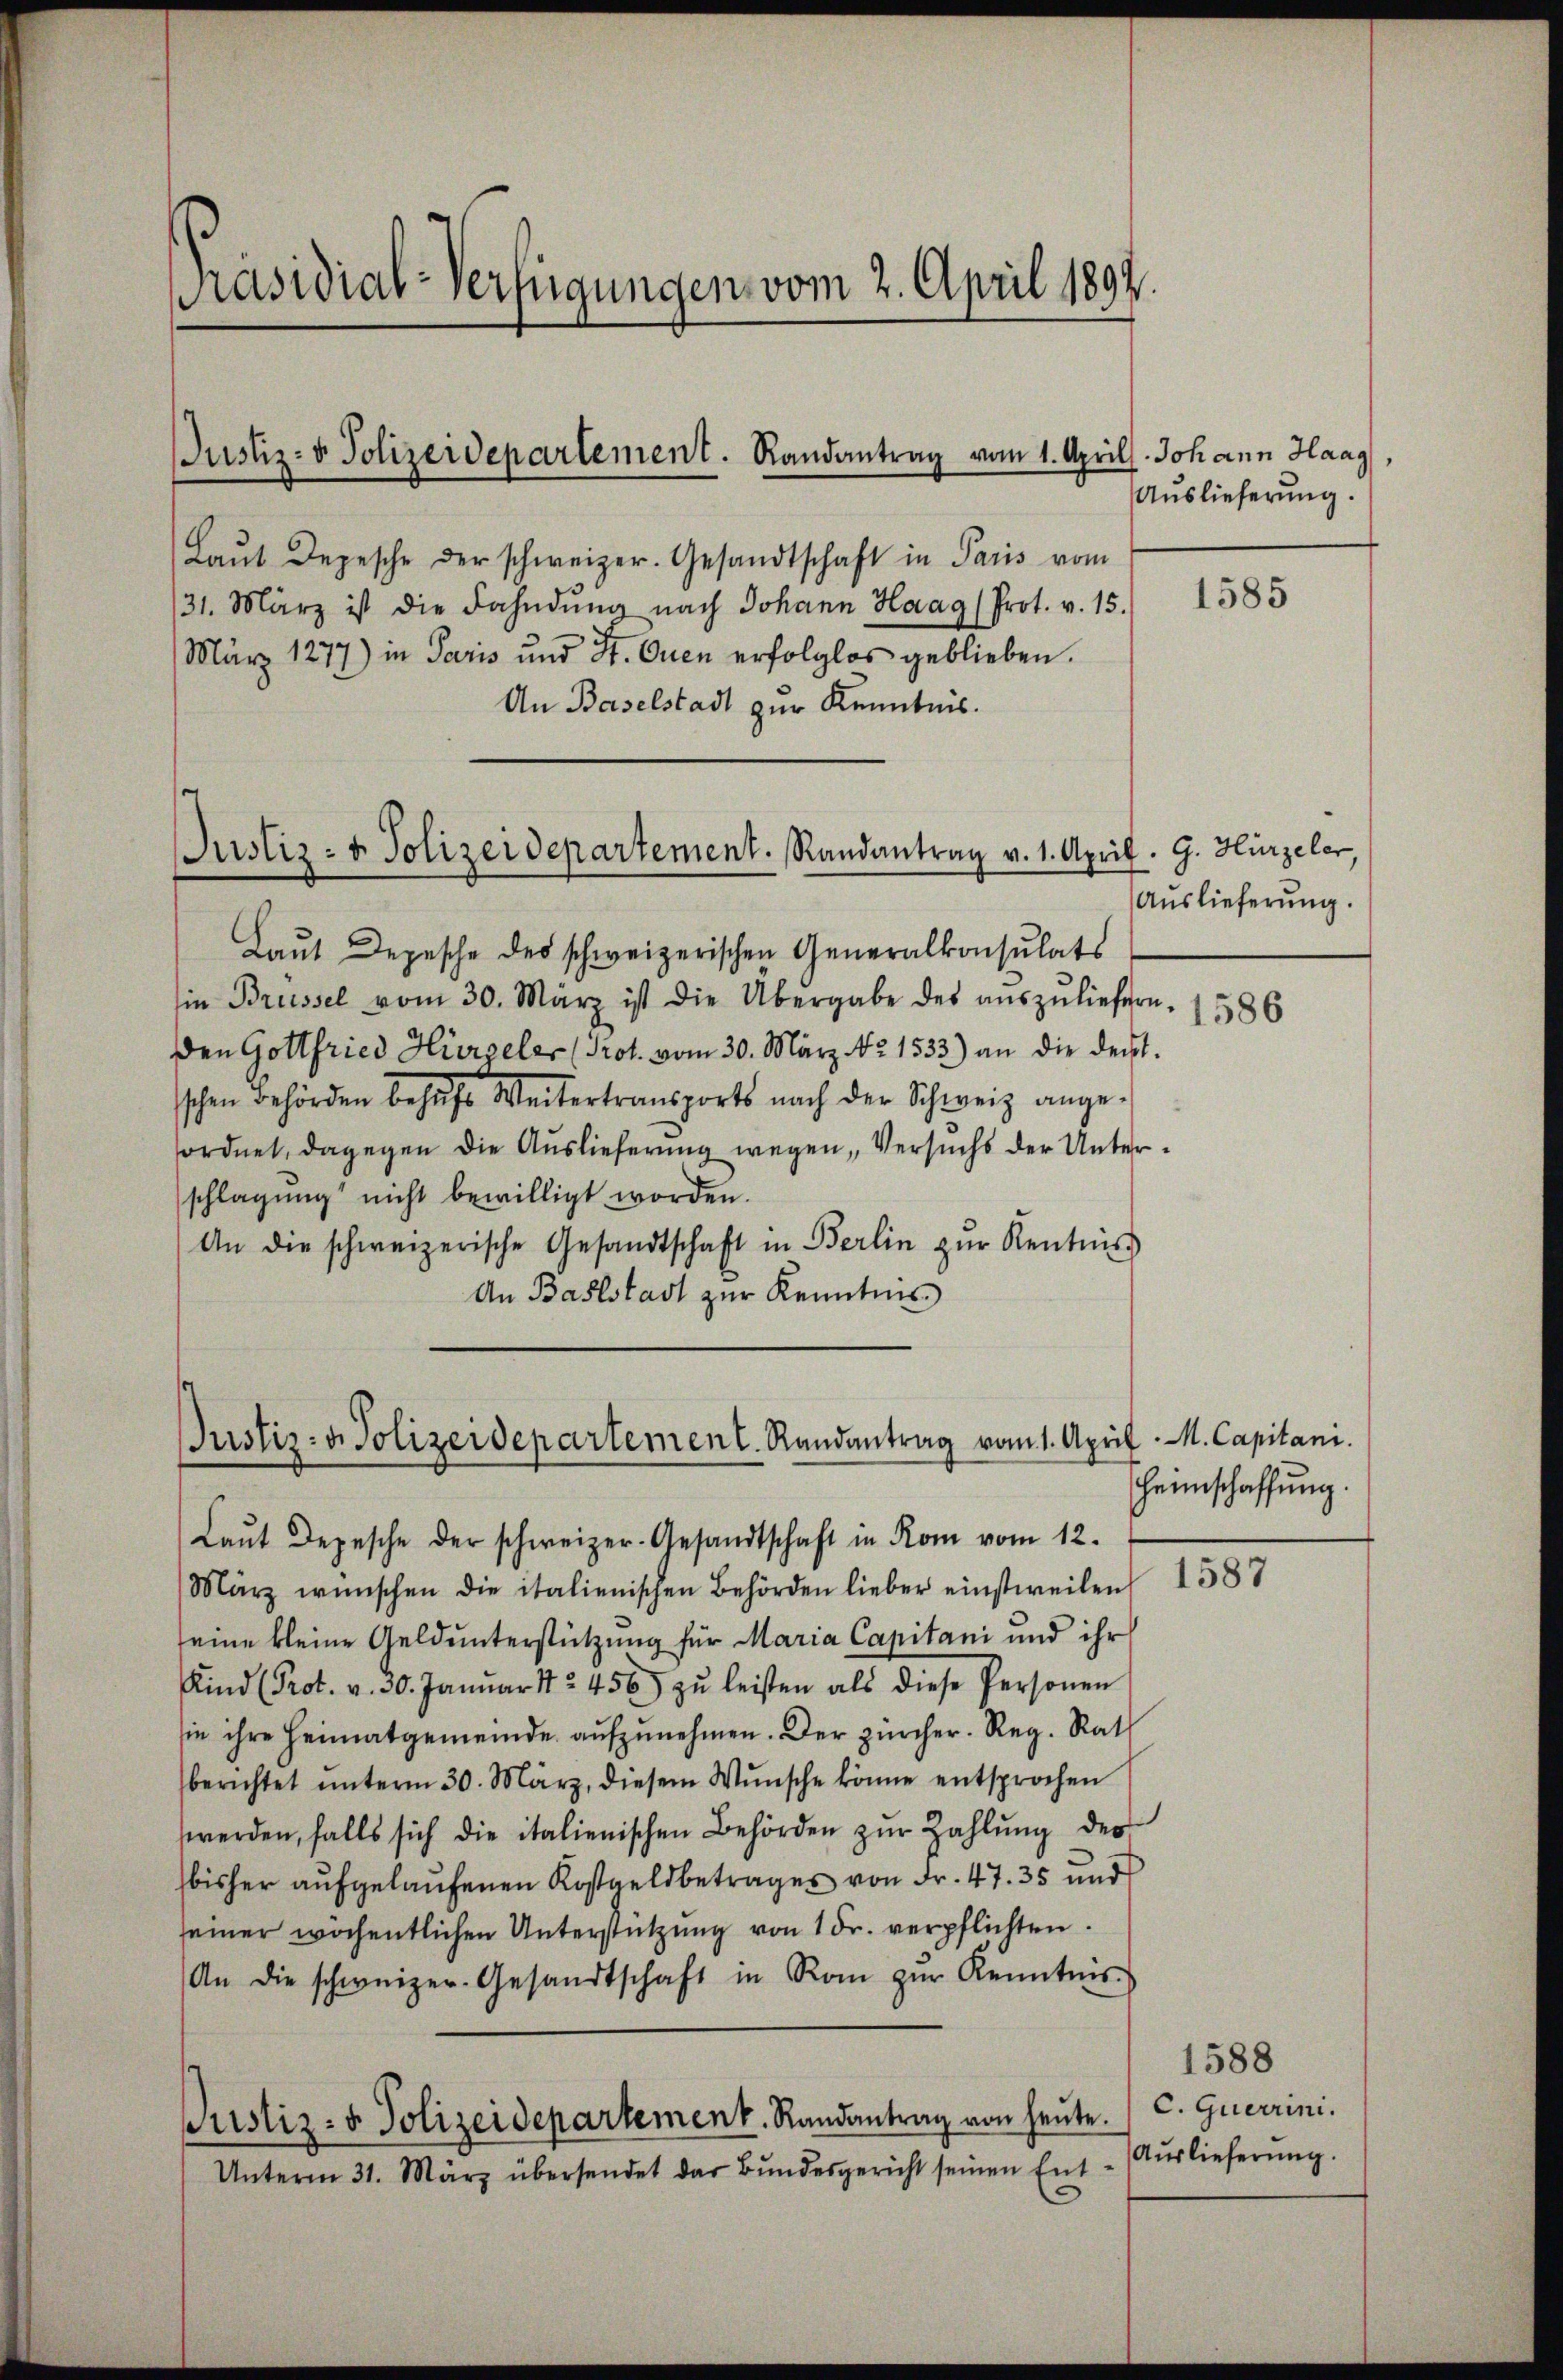
Präsidial-Verfügungen vom 2. April 1892.

Justiz- & Polizeidepartement. Randantrag vom 1. April

Justiz- & Polizeidepartement. Randantrag v. 1. April. G. Hürzeler,

Laŭt Depesche der schweizer. Gesandtschaft in Paris vom
31. März ist die Fahndŭng nach Johann Haag (Prot. v. 15.
März 1277) in Paris und St. Ouen erfolglos geblieben.
An Baselstadt zur Kenntnis.
Laŭt Depesche des schweizerischen Generalkonsulats
Ein Brüssel vom 30. März ist die Übergabe des aŭszŭliefern.
den Gottfried Hirzeler (Prot. vom 30. März No 1533) an die deckt.
schen Behörden behŭfs Weitertransports nach der Schweiz ange-
ordnet, dagegen die Auslieferung wegen, Versuchs der Unterschlagung nicht bewilligt worden.
An die schweizerische Gesandtschaft in Berlin zŭr Kentnis
An Baselstadt zur Kenntnis

Justiz- & Polizeidepartement. Randantrag vom 1. April

Johann Haag,
Auslieferung.

Laŭt Depesche der schweizer-Gesandtschaft in Rom vom 12.
März wünschen die italienischen Behörden lieber einstweilen
seine kleine Geld unterstützung für Maria Capitani und ihr
Kind (Prot. v. 30. Janŭar 182. 456 zŭ leisten als diese Personen
sie ihre Heimatgemeinde aŭfzŭnehmen. Der Zürcher. Reg. Rath
berichtet ŭnterm 30. März, diesem Wunsche könne entsprochen
werden, falls sich die italienischen Behörden zŭr Zahlŭng der
bisher aufgelaufenen Kostgeldbetrages von Fr. 47. 35 und
seiner wöchentlichen Unterstützŭng von 1 Fr. verpflichten.
An die schweizer-Gesandtschaft in Rom zŭr Kenntnis
Prustiz- & Polizeidepartement. Randantrag von heute. C. Querrini.
Unterm 31. März übersendet das Bundesgericht seinen Ent¬

1585

Auslieferung.

1586

M. Capitani.
Heimschaffung.

1587

1588
Auslieferung.